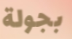
بجولة